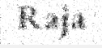
Raja